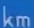
km